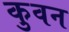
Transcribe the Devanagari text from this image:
कुवन